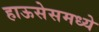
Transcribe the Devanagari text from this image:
हाऊसेसमध्ये